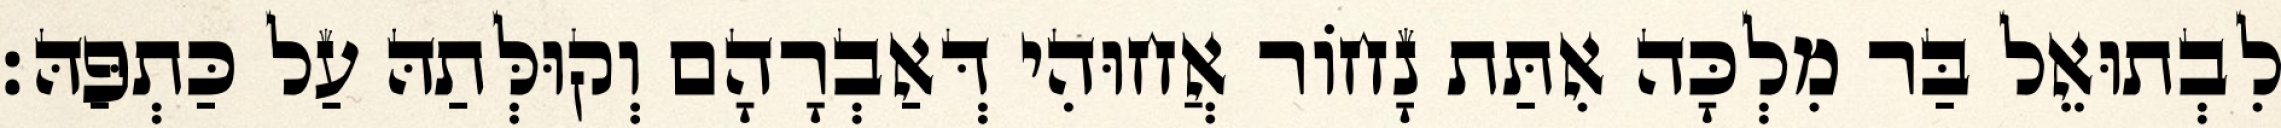
לִבְתוּאֵל בַּר מִלְכָּה אִתַּת נָחוֹר אֲחוּהִי דְּאַבְרָהָם וְקוּלְּתַהּ עַל כַּתְפַּהּ׃